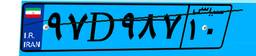
۱۰D۲۳۲۹۳